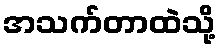
အသက်တာထဲသို့